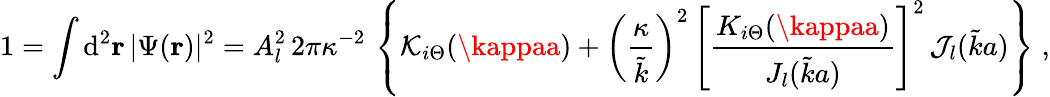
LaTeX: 1=\int\mathrm{d}^{2}{\mathbf{r}}\, |\Psi({\mathbf{r}})|^{2}=A_{l}^{2}\, 2\pi\kappa^{-2}\, \left\{ {\mathcal{K}}_{i\Theta}(\kappaa)+\left(\frac{{\kappa}}{{\tilde{{k}}}}\right)^{2}\, \left[\frac{{K_{i\Theta}(\kappaa)}}{{J_{l}(\tilde{{k}}a)}}\right]^{2}\, {\mathcal{J}_{l}}(\tilde{{k}}a)\right\} \; ,